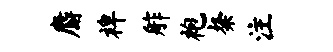
麝裨舴袍粲注